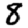
Digit: 8